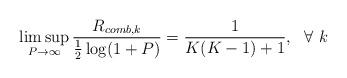
LaTeX: \begin{align*}\limsup_{P\rightarrow \infty}\frac{R_{comb,k}}{\frac{1}{2}\log(1+P)}= \frac{1}{K(K-1)+1},~~\forall~k\end{align*}